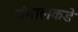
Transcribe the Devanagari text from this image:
बंगालकडे